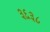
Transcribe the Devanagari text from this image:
३६३८